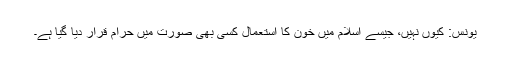
یونس: کیوں نہیں، جیسے اسلام میں خون کا استعمال کسی بھی صورت میں حرام قرار دیا گیا ہے۔